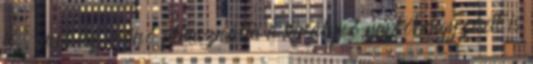
is, mert az írónő felhasználta a királynő naplóbejegyzéseit is